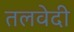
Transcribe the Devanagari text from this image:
तलवेदी